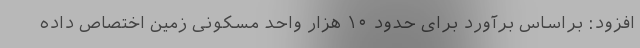
افزود: براساس برآورد برای حدود ۱۰ هزار واحد مسکونی زمین اختصاص داده